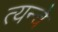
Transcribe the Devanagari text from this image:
त्यन्चे